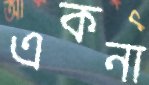
একনা